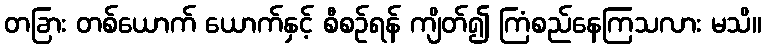
တခြား တစ်ယောက် ယောက်နှင့် စီစဉ်ရန် ကျိတ်၍ ကြံစည်နေကြသလား မသိ။